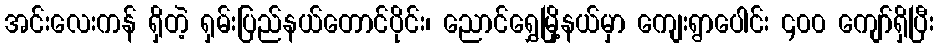
အင်းလေးကန် ရှိတဲ့ ရှမ်းပြည်နယ်တောင်ပိုင်း၊ ညောင်ရွှေမြို့နယ်မှာ ကျေးရွာပေါင်း ၄၀၀ ကျော်ရှိပြီး